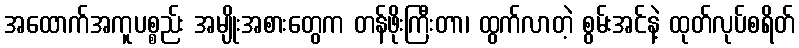
အထောက်အကူပစ္စည်း အမျိုးအစားတွေက တန်ဖိုးကြီးတာ၊ ထွက်လာတဲ့ စွမ်းအင်နဲ့ ထုတ်လုပ်စရိတ်